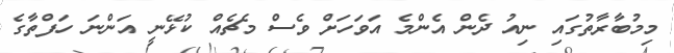
މިމުބާރާތުގައި ނިއު ދެން އެންމެ އަވަހަށް ވެސް މެޗެއް ކުޅޭނީ އަންނަ ހަފްތާގެ